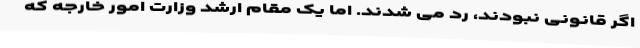
اگر قانونی نبودند، رد می شدند. اما یک مقام ارشد وزارت امور خارجه که